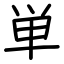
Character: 単